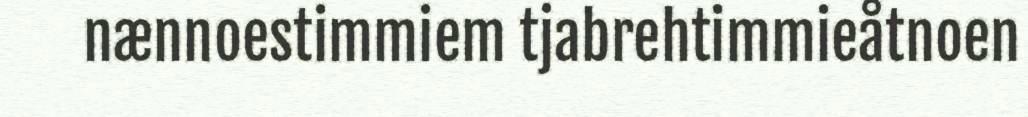
nænnoestimmiem tjabrehtimmieåtnoen